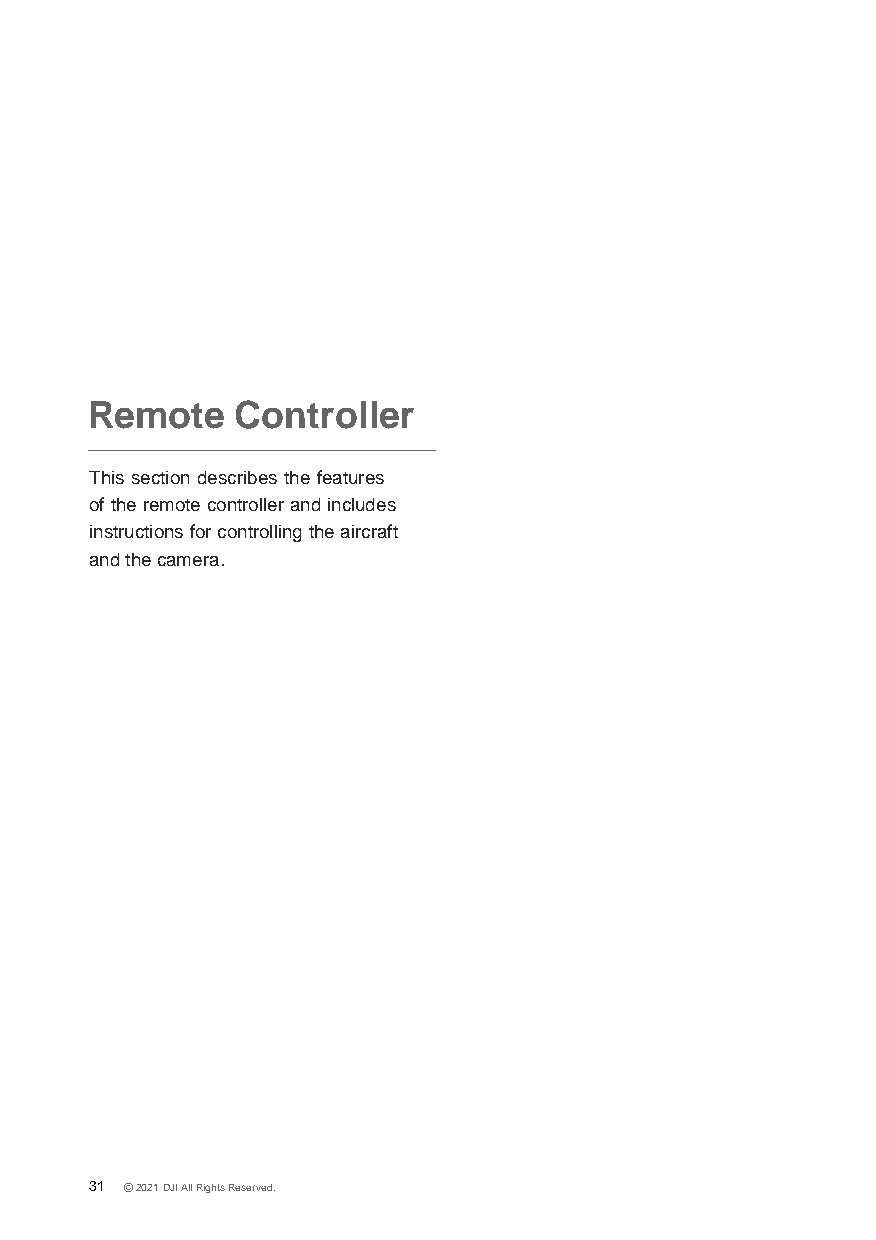
Remote    Controller
 This section describes the features
 of the remote controller and includes
 instructions for controlling the aircraft
 and the camera.
 31 © 2021 DJI All Rights Reserved.